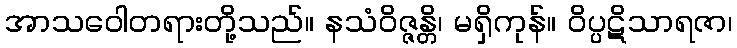
အာသဝေါတရားတို့သည်။ နသံဝိဇ္ဇန္တိ၊ မရှိကုန်။ ဝိပ္ပဋိသာရဇာ၊